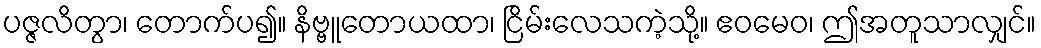
ပဇ္ဇလိတွာ၊ တောက်ပ၍။ နိဗ္ဗူတောယထာ၊ ငြိမ်းလေသကဲ့သို့။ ဧဝမေဝ၊ ဤအတူသာလျှင်။